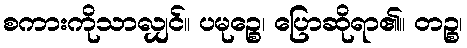
စကားကိုသာလျှင်။ ပမုဉ္စေ၊ ပြောဆိုရာ၏။ တဉ္စ၊